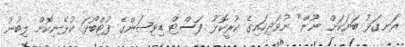
ރަނގަޅު ބަޔަކަށް ނޫން" ނުވަދިހައިގެ ކުރީކޮޅު ފަސްޓް ޑިވިޝަންގެ ފުޓްބޯޅަ ކުޅެނިކޮށް ލިބުނު